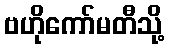
ဗဟိုကော်မတီသို့